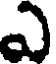
ఎ